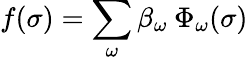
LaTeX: f(\sigma)=\sum_{\omega}\beta_{\omega}\: \Phi_{\omega}(\sigma)